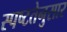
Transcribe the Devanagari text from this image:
स्पष्टतेनुसार